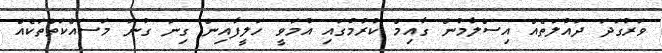
ވަރުގަދަ ދައުލަތެއް އިސްލާމުން ގާއިމް ކުރުމުގައި އުމަވީ ހަލީފާއިން ގިނަ ގުނަ މަސައްކަތްތަކެއް